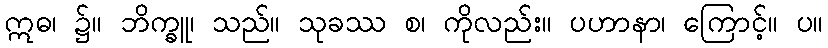
ဣဓ၊ ၌။ ဘိက္ခူ၊ သည်။ သုခဿ စ၊ ကိုလည်း။ ပဟာနာ၊ ကြောင့်။ ပ။